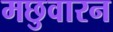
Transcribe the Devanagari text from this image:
मछुवारन